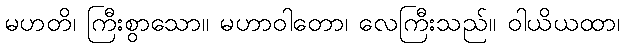
မဟတိ၊ ကြီးစွာသော။ မဟာဝါတော၊ လေကြီးသည်။ ဝါယိယထာ၊